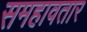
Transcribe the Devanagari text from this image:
समहावतार